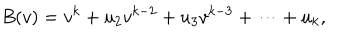
LaTeX: B ( v ) = v ^ { k } + u _ { 2 } v ^ { k - 2 } + u _ { 3 } v ^ { k - 3 } + \cdots + u _ { k } ,